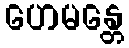
ဟေမန္တေ